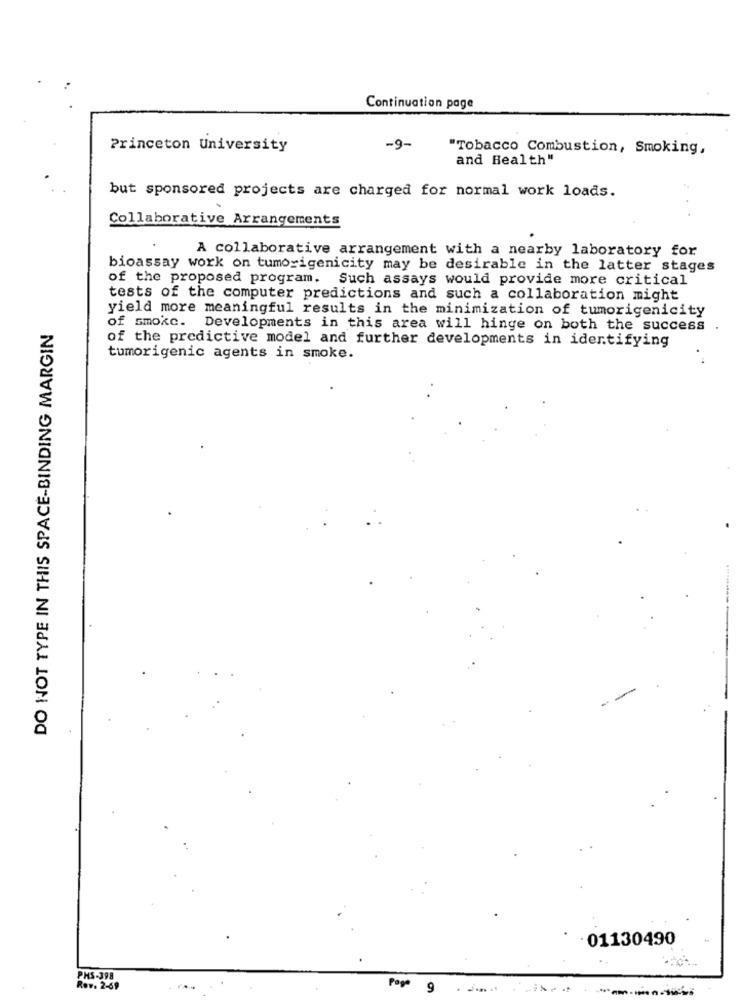
Continuation page
Princeton University
-9-
"Tobacco Combustion, Smoking,
and Health"
but sponsored projects are charged for normal work loads.
Collaborative Arrangements
A collaborative arrangement with a nearby laboratory for
bioassay work on tumorigenicity may be desirable in the latter stages
of the proposed program. Such assays would provide more critical
tests of the computer predictions and such a collaboration might
yield more meaningful results in the minimization of tumorigenicity
DO NOT TYPE IN THIS SPACE-BINDING MARGIN
of smoke. Developments in this area will hinge on both the success
of the predictive model and further developments in identifying
tumorigenic agents in smoke.
· 01130490
PHS-398
Rov. 2-69
Page